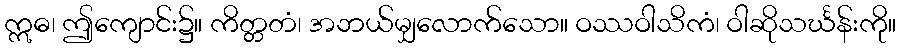
ဣဓ၊ ဤကျောင်း၌။ ကိတ္တတံ၊ အဘယ်မျှလောက်သော။ ဝဿဝါသိကံ၊ ဝါဆိုသင်္ဃန်းကို။